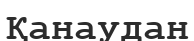
Қанаудан